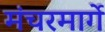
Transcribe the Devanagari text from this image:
मंचरमार्गे